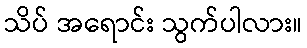
သိပ် အရောင်း သွက်ပါလား။